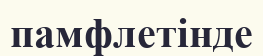
памфлетінде